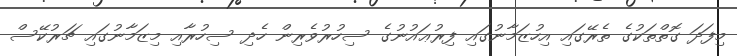
މިފަދަ ގޮތްތަކުގެ ތެރޭގައި އިހުޒަމާނުގައި ފިރުޢައުނުގެ ސިހުރުވެރިން ހެދި ސިހުރާއި މިޒަމާނުގައި ޗަރުކޭސް